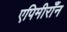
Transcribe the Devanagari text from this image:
एपिमीराँन